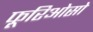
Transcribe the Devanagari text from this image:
फूरिओसो